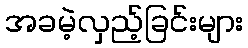
အခမဲ့လှည့်ခြင်းများ